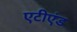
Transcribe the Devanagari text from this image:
एटीएंड